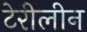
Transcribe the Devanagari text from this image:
टेरीलीन